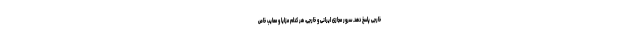
خارجی پاسخ دهد. سرور مجازی ایرانی و خارجی، هر کدام مزایا و معایب خاص